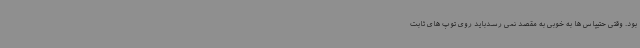
بود. وقتی حتیپاس ها به خوبی به مقصد نمی رسدباید روی توپ های ثابت